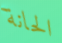
الحانة